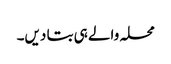
محلہ والے ہی بتا دیں۔